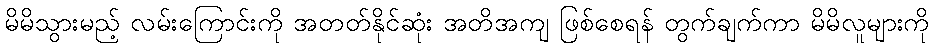
မိမိသွားမည့် လမ်းကြောင်းကို အတတ်နိုင်ဆုံး အတိအကျ ဖြစ်စေရန် တွက်ချက်ကာ မိမိလူများကို